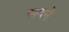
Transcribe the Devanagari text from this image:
सदने